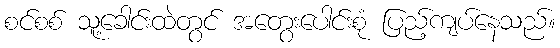
စင်စစ် သူ့ခေါင်းထဲတွင် အတွေးပေါင်းစုံ ပြည့်ကျပ်နေသည်။